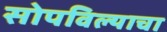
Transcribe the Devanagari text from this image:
सोपविल्याचा